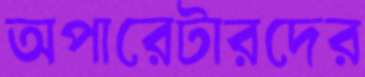
অপারেটারদের